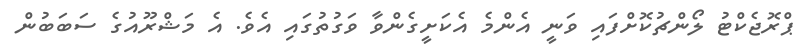
ޕްރޮޖެކްޓު ލޯންޗުކޮށްފައި ވަނީ އެންމެ އެކަށީގެންވާ ވަގުތުގައި އެވެ. އެ މަޝްރޫއުގެ ސަބަބުން